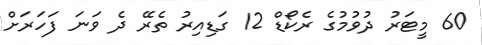
60 މީޓަރު ދުވުމުގެ ރެކޯޑް 12 ގަޑިއިރު ތެރޭ ދެ ވަނަ ފަހަރަށް